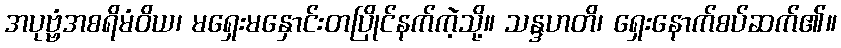
အပုဗ္ဗံအစရိမံဝိယ၊ မရှေးမနှောင်းတပြိုင်နက်ကဲ့သို့။ သန္ဒဟတိ၊ ရှေးနောက်စပ်ဆက်၏။